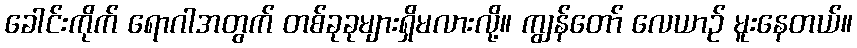
ခေါင်းကိုက် ရောဂါအတွက် တစ်ခုခုများရှိမလားလို့။ ကျွန်တော် လေယာဉ် မူးနေတယ်။